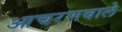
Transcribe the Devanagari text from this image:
आचरणवाले